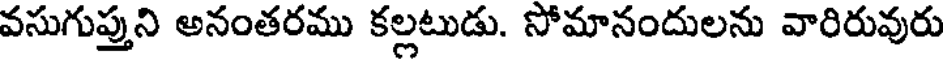
వసుగుప్తుని అనంతరము కల్లటుడు. సోమానందులను వారిరువురు